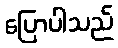
ပြောပါသည်